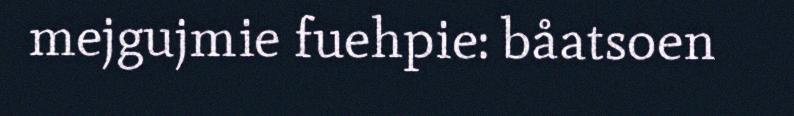
mejgujmie fuehpie: båatsoen